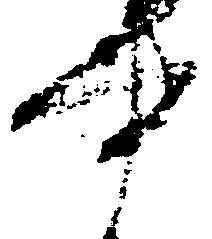
書